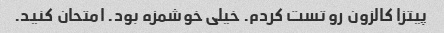
پیتزا کالزون رو تست کردم. خیلی خوشمزه بود. امتحان کنید.